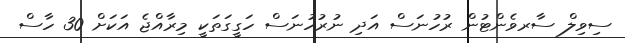
ސިވިލް ސާރވެންޓުން ރުހުނަސް އަދި ނުރުހުނަސް ހަގީގަތަކީ މިރާއްޖެ އަކަށް 30 ހާސް